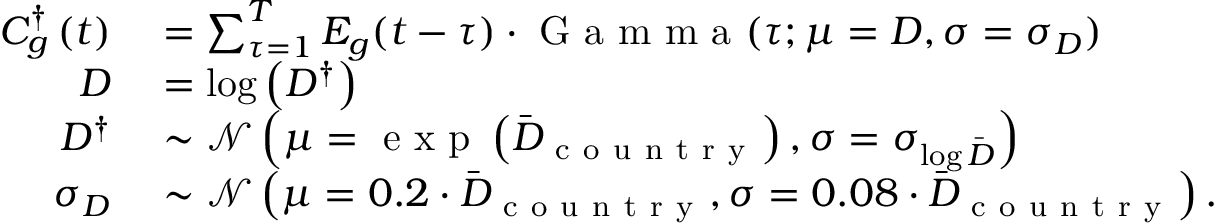
\begin{array} { r l } { C _ { g } ^ { \dagger } \left( t \right) } & { { } = \sum _ { \tau = 1 } ^ { T } E _ { g } ( t - \tau ) \cdot \mathrm { ~ G ~ a ~ m ~ m ~ a ~ } ( \tau ; \mu = D , \sigma = \sigma _ { D } ) } \\ { D } & { { } = \log \left( D ^ { \dagger } \right) } \\ { D ^ { \dagger } } & { { } \sim \mathcal { N } \left( \mu = \mathrm { ~ e ~ x ~ p ~ } \left( \Bar { D } _ { \mathrm { ~ c ~ o ~ u ~ n ~ t ~ r ~ y ~ } } \right) , \sigma = \sigma _ { \log \Bar { D } } \right) } \\ { \sigma _ { D } } & { { } \sim \mathcal { N } \left( \mu = 0 . 2 \cdot \Bar { D } _ { \mathrm { ~ c ~ o ~ u ~ n ~ t ~ r ~ y ~ } } , \sigma = 0 . 0 8 \cdot \Bar { D } _ { \mathrm { ~ c ~ o ~ u ~ n ~ t ~ r ~ y ~ } } \right) . } \end{array}